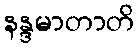
နန္ဒမာတာတိ